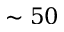
\sim 5 0